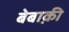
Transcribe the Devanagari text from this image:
बेबाक़ी